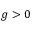
g > 0